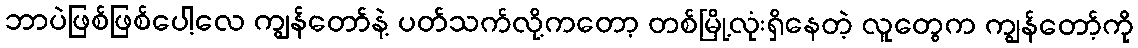
ဘာပဲဖြစ်ဖြစ်ပေါ့လေ ကျွန်တော်နဲ့ ပတ်သက်လို့ကတော့ တစ်မြို့လုံးရှိနေတဲ့ လူတွေက ကျွန်တော့်ကို